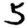
Digit: 5